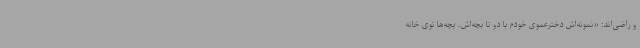
و راضی‌اند: «نمونه‌اش دخترعموی خودم با دو تا بچه‌اش. بچه‌ها توی خانه